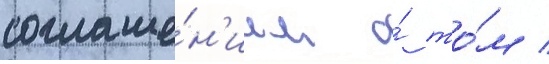
соглаше́н'ием о́ то́м /